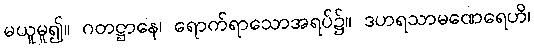
မယူမူ၍။ ဂတဋ္ဌာနေ၊ ရောက်ရာသောအရပ်၌။ ဒဟရသာမဏေရေဟိ၊